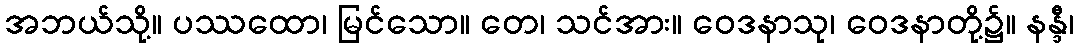
အဘယ်သို့။ ပဿထော၊ မြင်သော။ တေ၊ သင်အား။ ဝေဒနာသု၊ ဝေဒနာတို့၌။ နန္ဒီ၊